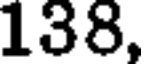
138,